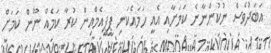
އަބަދުވެސް ނުކުންނާނެ ކަމަށާއި އެއީ ހަމައެކަނި ޕީޕީއެމްއިން ކުރާ ކަމެއް ނޫން ކަމަށް